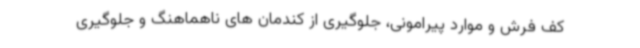
کف فرش و موارد پیرامونی، جلوگیری از کندمان های ناهماهنگ و جلوگیری